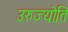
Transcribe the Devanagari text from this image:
उरुज्योति